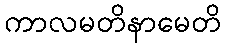
ကာလမတိနာမေတိ